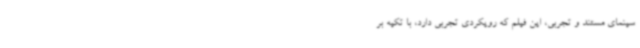
سینمای مستند و تجربی، این فیلم که رویکردی تجربی دارد، با تکیه بر